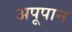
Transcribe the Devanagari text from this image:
अपूपान